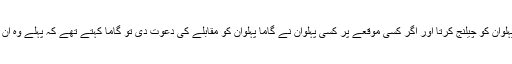
کسی میں بھی اتنی جرات نہیں تھی کہ وہ گاما پہلوان کو چیلنج کرتا اور اگر کسی موقعے پر کسی پہلوان نے گاما پہلوان کو مقابلے کی دعوت دی تو گاما کہتے تھے کہ پہلے وہ ان کے بڑے بھائی امام بخش پہلوان کو چت کریں۔